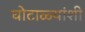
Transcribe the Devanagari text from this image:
घोटाळ्यांशी